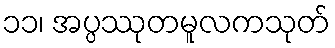
၁၁၊ အပ္ပဿုတမူလကသုတ်